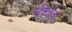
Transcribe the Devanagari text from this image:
बँकेतला